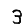
Digit: 3